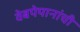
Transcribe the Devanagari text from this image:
वेबपेपानांची